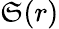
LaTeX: \mathfrak{S}(r)